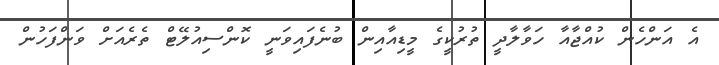
އެ އަންހެން ކުއްޖާއާ ހަވާލާދީ ތުރުކީގެ މީޑިއާއިން ބުނެފައިވަނީ ކޮންސިއުލޭޓް ތެރެއަށް ވަންފަހުން